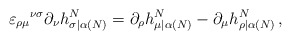
\begin{align*}\varepsilon_{\rho\mu}{}^{\nu\sigma}\partial_\nu h^N_{\sigma|\alpha(N)}=\partial_\rho h^N_{\mu|\alpha(N)}-\partial_\mu h^N_{\rho|\alpha(N)}\,,\end{align*}